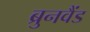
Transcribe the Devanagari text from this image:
ब्रुनवैंड